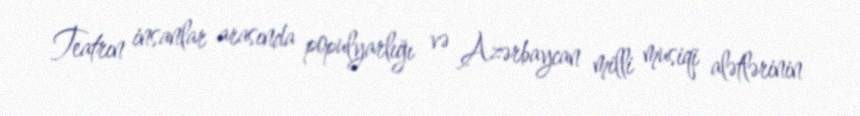
Teatrın insanlar arasında populyarlığı və Azərbaycan milli musiqi alətlərinin